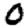
Digit: 0